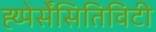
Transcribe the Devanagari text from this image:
ह्य्पेर्सेंसितिविटी